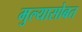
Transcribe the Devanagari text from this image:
मुल्यासोबत